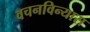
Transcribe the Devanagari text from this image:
वचनविन्यास